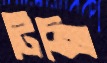
টিক্সি